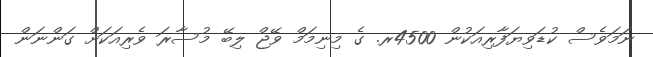
ނަމަވެސް ކުޑަވިޔަފާރިއަކުން 4500ރ. ގެ މިނިމަމް ވޭޖް ލިބޭ މުސާރަ ވެރިއަކަށް ގަންނަން